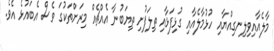
މާލެއާއިވިލިނގިއްޔާއި ހުޅުމާލެއާއި ގުޅިފަޅާއި ތިލަފުށި ތިޔަބުނާ އެއްޗެއް މިރަށްތަކުގަ ވެސް އެބައުޅެ އެވެ.